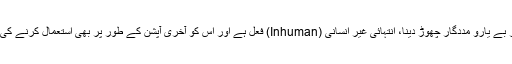
مریضوں کو بے علاج اور بے یارو مددگار چھوڑ دینا، انتہائی غیر انسانی (Inhuman) فعل ہے اور اس کو آخری آپشن کے طور پر بھی استعمال کرنے کی سفارش نہیں کی جاسکتی۔